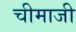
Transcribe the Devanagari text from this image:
चीमाजी